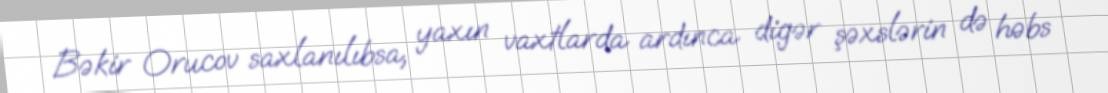
Bəkir Orucov saxlanılıbsa, yaxın vaxtlarda ardınca digər şəxslərin də həbs